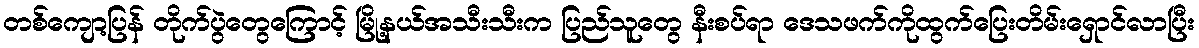
တစ်ကျော့ပြန် တိုက်ပွဲတွေကြောင့် မြို့နယ်အသီးသီးက ပြည်သူတွေ နီးစပ်ရာ ဒေသဖက်ကိုထွက်ပြေးတိမ်းရှောင်လာပြီး